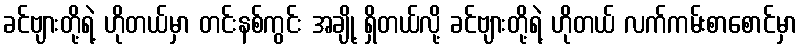
ခင်ဗျားတို့ရဲ့ ဟိုတယ်မှာ တင်းနစ်ကွင်း အချို့ ရှိတယ်လို့ ခင်ဗျားတို့ရဲ့ ဟိုတယ် လက်ကမ်းစာစောင်မှာ